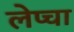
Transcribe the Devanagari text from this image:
लेप्‍चा